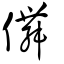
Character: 儛